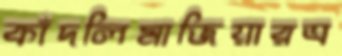
কাঁদলিমাজিয়ারত্র